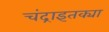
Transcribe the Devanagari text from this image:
चंद्राइतक्या